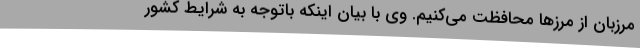
مرزبان از مرزها محافظت می‌کنیم. وی با بیان اینکه باتوجه به شرایط کشور